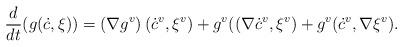
LaTeX: \begin{align*}\dfrac{d}{dt}(g(\dot{c},\xi ))=\left( \nabla g^{v}\right) (\dot{c}^{v},\xi^{v})+g^{v}((\nabla \dot{c}^{v},\xi ^{v})+g^{v}(\dot{c}^{v},\nabla \xi ^{v}).\end{align*}